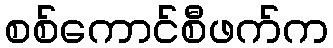
စစ်ကောင်စီဖက်က